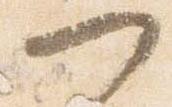
つ